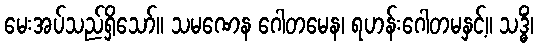
မေးအပ်သည်ရှိသော်။ သမဏေန ဂေါတမေန၊ ရဟန်းဂေါတမနှင့်။ သဒ္ဓိံ၊